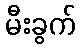
မီးခွက်